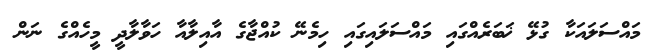
މައްސަލައަކާ ގުޅޭ ޚަބަރެއްގައި މައްސަލައިގައި ހިމެނޭ ކުއްޖާގެ އާއިލާއާ ހަވާލާދީ މީހެއްގެ ނަން